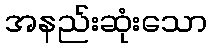
အနည်းဆုံးသော